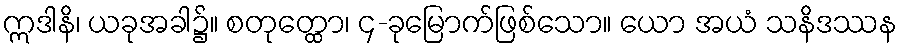
ဣဒါနိ၊ ယခုအခါ၌။ စတုတ္ထော၊ ၄-ခုမြောက်ဖြစ်သော။ ယော အယံ သနိဒဿန